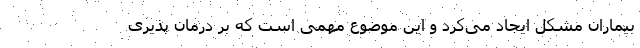
بیماران مشکل ایجاد می‌کرد و این موضوع مهمی است که بر درمان پذیری